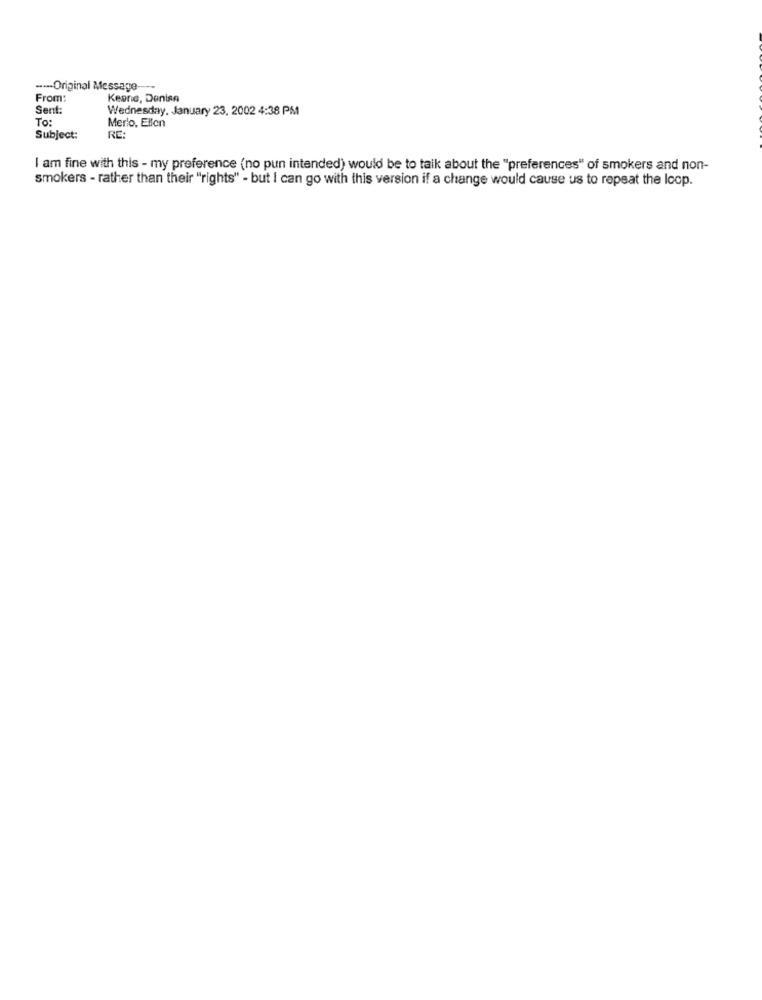
----- Original Message ----
From:
Keane, Denise
Sent:
Wednesday, January 23, 2002 4:38 PM
To:
Merlo, Ellen
Subject:
RE:
I am fine with this - my preference (no pun intended) would be to talk about the "preferences" of smokers and non-
smokers - rather than their "rights" - but I can go with this version if a change would cause us to repeat the loop.